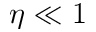
\eta \ll 1